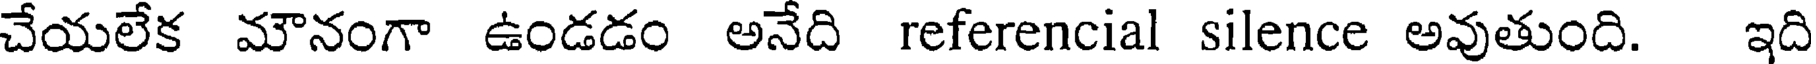
చేయలేక మౌనంగా ఉండడం అనేది referencial silence అవుతుంది. ఇది